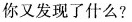
你又发现了什么?